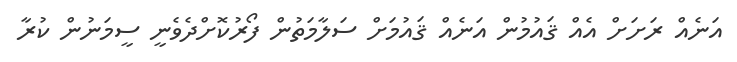
އަނެއް ރަށަށް އެއް ޤައުމުން އަނެއް ޤައުމަށް ސަލާމަތުން ފޯރުކޮށްދެވެނީ ސީމަނުން ކުރާ